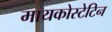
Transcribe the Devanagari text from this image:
मायकोस्टेटिन